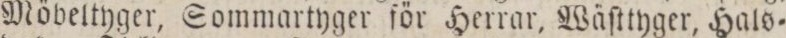
Möbeltyger, Sommartyger för Herrar, Wäſttyger, Hals=